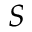
S